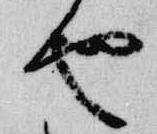
也